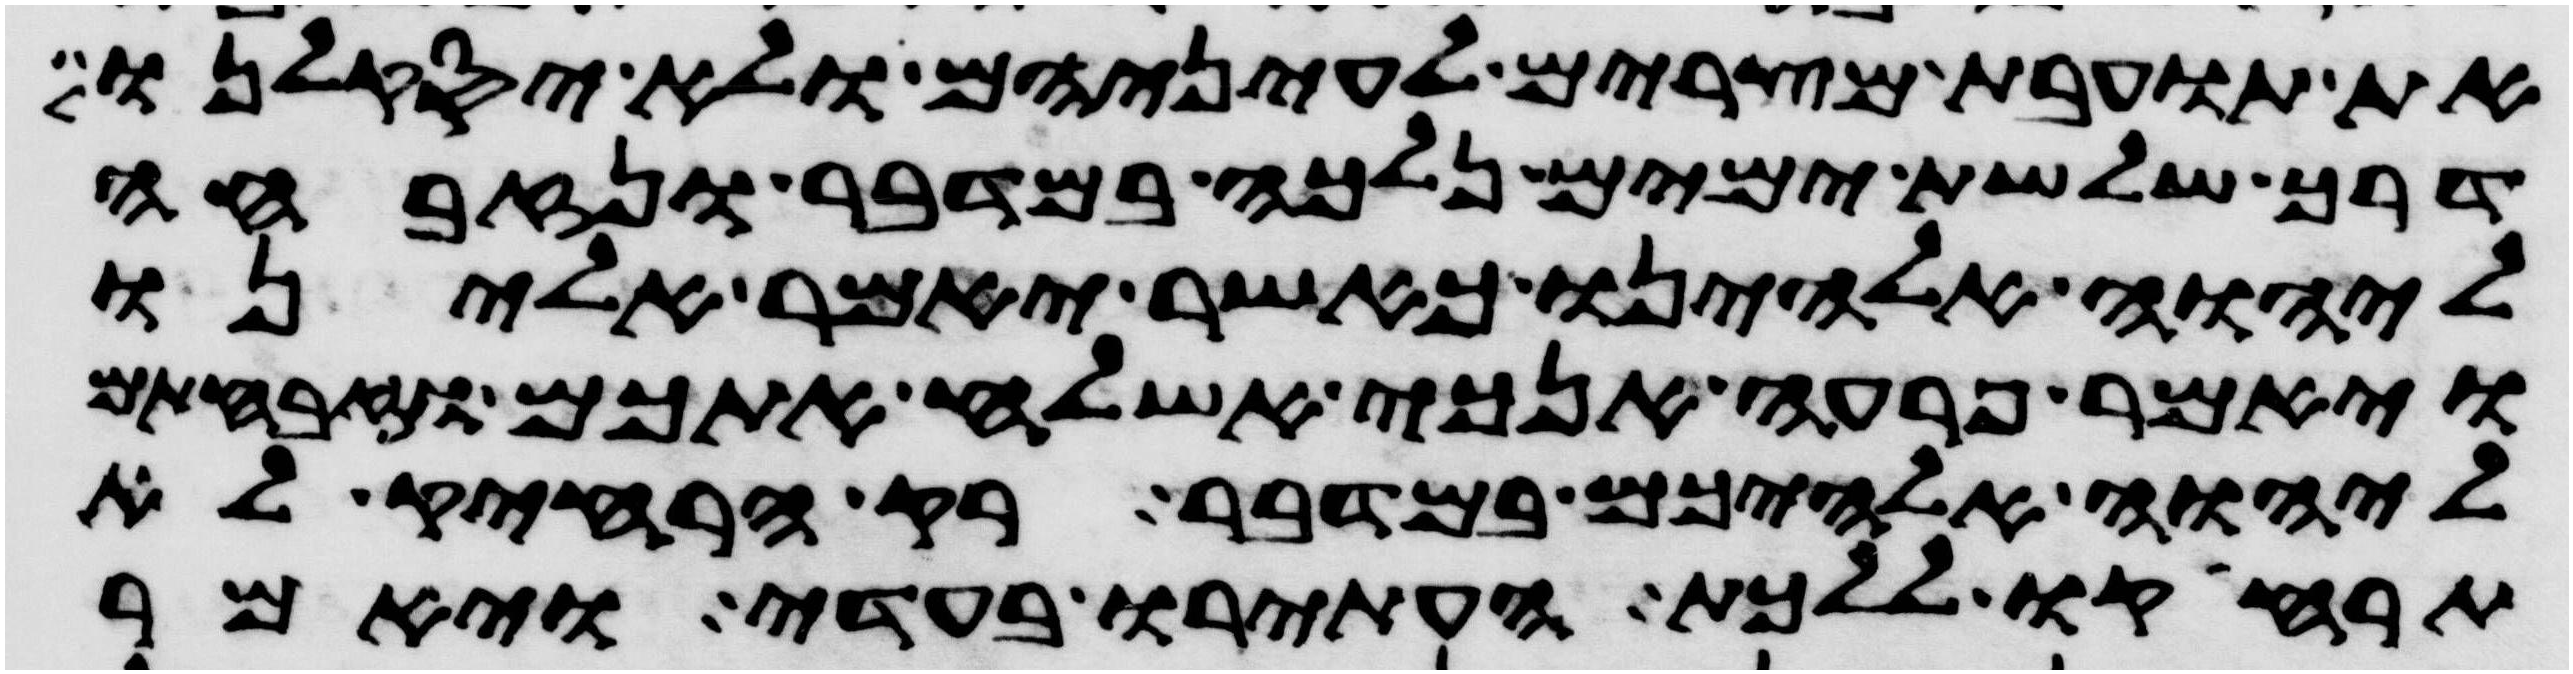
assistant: את תועבת מצרים לעיניהם ולא יסקלנו
דרך שלשת ימים נלכה במדבר ונזבחה
ליהוה אלהינו כאשר יאמר אלינו
ויאמר פרעה אנכי אשלח אתכם וזבחתם
ליהוה אלהיכם במדבר רק הרחיק לא
תרחיקו ללכת העתירו בעדי ויאמר